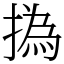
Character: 撝